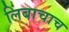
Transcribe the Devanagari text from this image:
लिंबाचाच